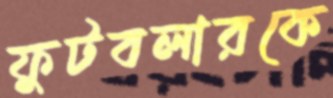
ফুটবলারকে